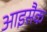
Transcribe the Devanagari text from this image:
आइसैक